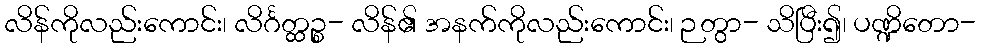
လိန်ကိုလည်းကောင်း၊ လိင်္ဂတ္ထဉ္စ- လိန်၏ အနက်ကိုလည်းကောင်း၊ ဉတွာ- သိပြီး၍၊ ပဏ္ဍိတော-